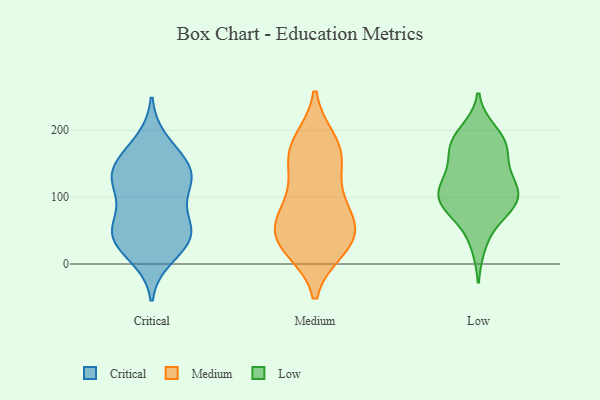
{"axis": {"x": "Active Users", "y": "Value"}, "legend": ["Critical", "Low", "Medium"], "data": [{"x": "", "y": 135, "type": "Critical"}, {"x": "", "y": 64, "type": "Critical"}, {"x": "", "y": 143, "type": "Critical"}, {"x": "", "y": 130, "type": "Critical"}, {"x": "", "y": 32, "type": "Critical"}, {"x": "", "y": 133, "type": "Critical"}, {"x": "", "y": 182, "type": "Critical"}, {"x": "", "y": 50, "type": "Critical"}, {"x": "", "y": 43, "type": "Critical"}, {"x": "", "y": 160, "type": "Critical"}, {"x": "", "y": 37, "type": "Critical"}, {"x": "", "y": 12, "type": "Critical"}, {"x": "", "y": 52, "type": "Critical"}, {"x": "", "y": 102, "type": "Critical"}, {"x": "", "y": 118, "type": "Critical"}, {"x": "", "y": 171, "type": "Medium"}, {"x": "", "y": 38, "type": "Medium"}, {"x": "", "y": 25, "type": "Medium"}, {"x": "", "y": 160, "type": "Medium"}, {"x": "", "y": 93, "type": "Medium"}, {"x": "", "y": 98, "type": "Medium"}, {"x": "", "y": 35, "type": "Medium"}, {"x": "", "y": 157, "type": "Medium"}, {"x": "", "y": 181, "type": "Medium"}, {"x": "", "y": 37, "type": "Medium"}, {"x": "", "y": 55, "type": "Medium"}, {"x": "", "y": 62, "type": "Medium"}, {"x": "", "y": 91, "type": "Low"}, {"x": "", "y": 197, "type": "Low"}, {"x": "", "y": 115, "type": "Low"}, {"x": "", "y": 179, "type": "Low"}, {"x": "", "y": 97, "type": "Low"}, {"x": "", "y": 138, "type": "Low"}, {"x": "", "y": 180, "type": "Low"}, {"x": "", "y": 71, "type": "Low"}, {"x": "", "y": 84, "type": "Low"}, {"x": "", "y": 107, "type": "Low"}, {"x": "", "y": 109, "type": "Low"}, {"x": "", "y": 174, "type": "Low"}, {"x": "", "y": 30, "type": "Low"}, {"x": "", "y": 95, "type": "Low"}, {"x": "", "y": 178, "type": "Low"}, {"x": "", "y": 137, "type": "Low"}]}